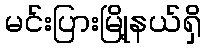
မင်းပြားမြို့နယ်ရှိ